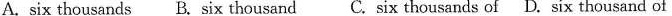
A.six thousands B.Six thousand C. Six thousands of D. Six thousand of